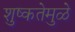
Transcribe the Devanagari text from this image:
शुष्कतेमुळे